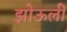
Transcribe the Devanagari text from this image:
झोऊली